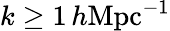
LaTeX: k\geq 1\, h\textrm{Mpc}{^{-1}}